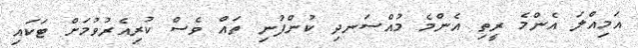
އަމިއްލަ އެންމެ ރީތި އެންމެ މުއްސަނދި ކުންފުނި ތައް ވެސް ކުރިއެރުވުމަށް ޓަކައި